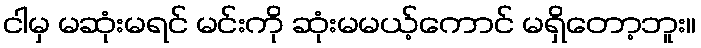
ငါမှ မဆုံးမရင် မင်းကို ဆုံးမမယ့်ကောင် မရှိတော့ဘူး။